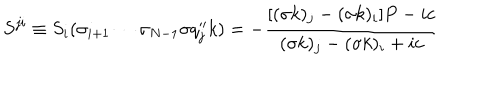
S ^ { j i } \equiv S _ { i } ( \sigma _ { i + 1 } \cdots \sigma _ { N - 1 } \sigma q _ { j } ^ { \prime \prime } k ) = - \displaystyle { \frac { [ ( \sigma k ) _ { j } - ( \sigma k ) _ { i } ] P - i c } { ( \sigma k ) _ { j } - ( \sigma k ) _ { i } + i c } }